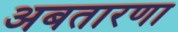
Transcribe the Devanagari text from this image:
अबतारणा